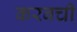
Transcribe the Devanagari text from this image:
करबची